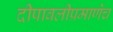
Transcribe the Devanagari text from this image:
दीपावलीप्रमाणेच